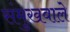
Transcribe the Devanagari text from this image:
संमुखवाले